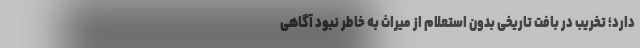
دارد؛ تخریب در بافت تاریخی بدون استعلام از میراث به خاطر نبود آگاهی